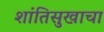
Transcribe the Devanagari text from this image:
शांतिसुखाचा